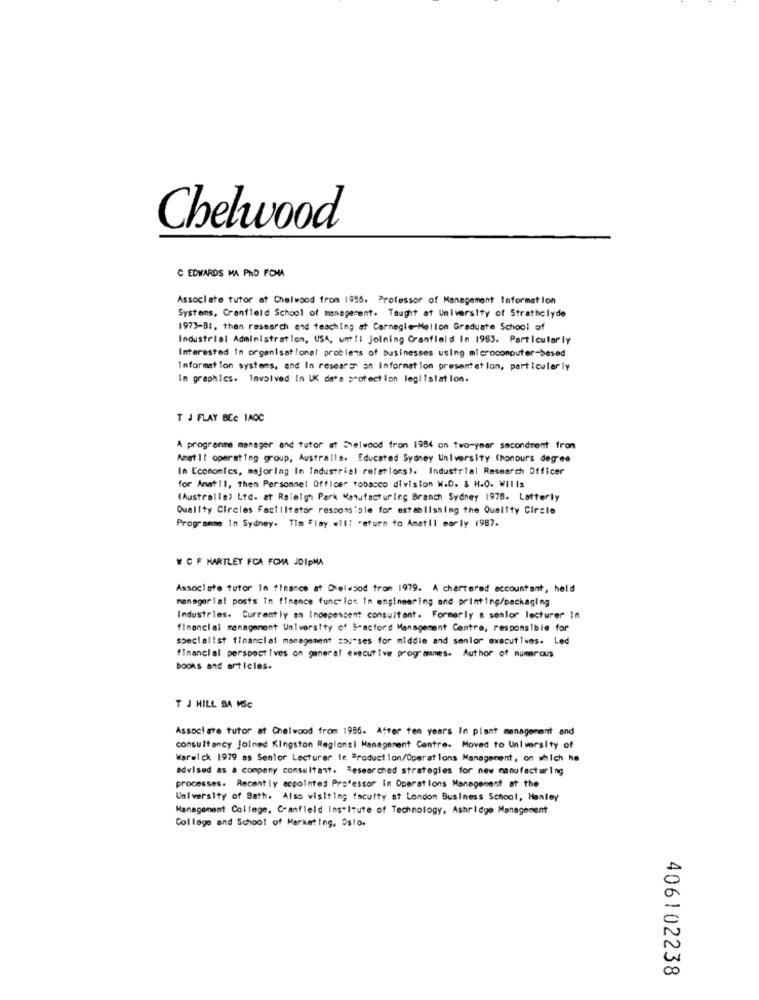
Chelwood
C EDWARDS MA PRO FONA
Associate tutor at Chelwood from 1996. Professor of Management Information
Systems, Cranfield School of management. Taught at University of Strathclyde
1973-BI, then research and teaching at Carnegie-Mellom Graduate School of
Industrial Administration, USA, unt!i Joining Cranfield In 1983. Particularly
Interested In organisat lonat problems of businesses using microcomputer-based
Information systems, and In researo an Information presentat lon, particularly
In graphics. Involved In UK da's protection legiisiat lon.
T J FLAY BEC 1AOC
A programme manager and tutor at Shelwood from 1984 on two-year secondsent from
Amat Il operating group, Australls. Educated Sydney University (honours degree
In Economics, majorlag In Industrial relations). Industrial Research Officer
for Amat11, then Personnel Officer tobacco division W.D. & H.O. WII Is
(Australia) Ltd. at Raleigh Park Manufacturing Branch Sydney 1978. Latterly
Quality Circles Factiltator responsible for establishing the Quality Circle
Programme In Sydney. Tim Flay will return to Amatil early 1987.
W CF HARTLEY FCA FOMA JDIpMA
Associate tutor In finance at Celwood from 1979. A chartered accountant, held
managerial posts In finence function In engineering and printing/packaging
Industries. Currently on Independent consultant. Formerly a semlor lecturer In
financial management University of Bracford Management Centre, responsible for
specialist financial management sou"ses for middle and senior executives. Led
financial perspectives on general executive programmes. Author of numerous
books and articles.
T J HILL SA MSC
Associate tutor at Chelwood from 1986. After ten years In plant management and
consultancy Joined Kingston Regionsi Management Centre. Moved to University of
Warwick 1979 as Senior Lecturer If Product lon/Operations Management, on which he
advised as a company consultant. Researched strategies for new manufacturing
processes. Recently acpointes Professor In Operations Management at the
University of Bath. Also visiting faculty at London Business School, Hanley
Management College, C-anfield Institute of Technology, Ashridge Management
College and School of Marketing, Osto.
406102238